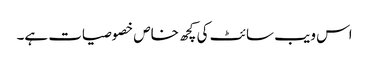
اس ویب سائٹ کی کچھ خاص خصوصیات ہے۔